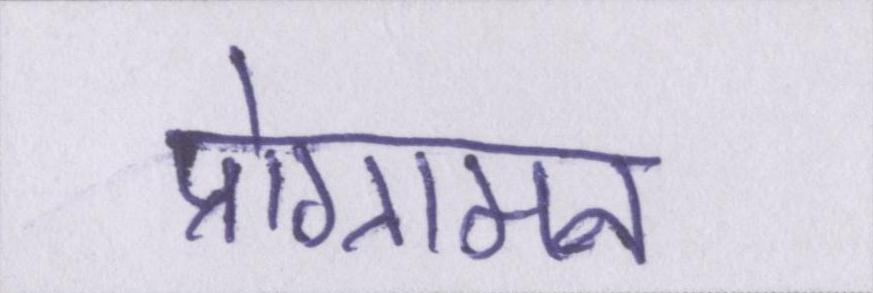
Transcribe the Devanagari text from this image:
प्रोग्रामन